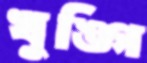
খুঙ্গি